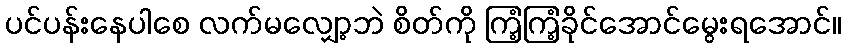
ပင်ပန်းနေပါစေ လက်မလျှော့ဘဲ စိတ်ကို ကြံ့ကြံ့ခိုင်အောင်မွေးရအောင်။